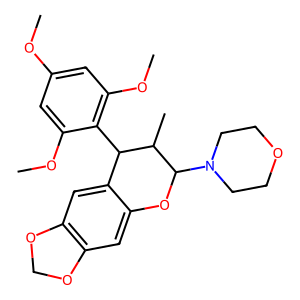
SMILES: COc1cc(OC)c(C2c3cc4c(cc3OC(N3CCOCC3)C2C)OCO4)c(OC)c1
Inhibits HIV replication: No